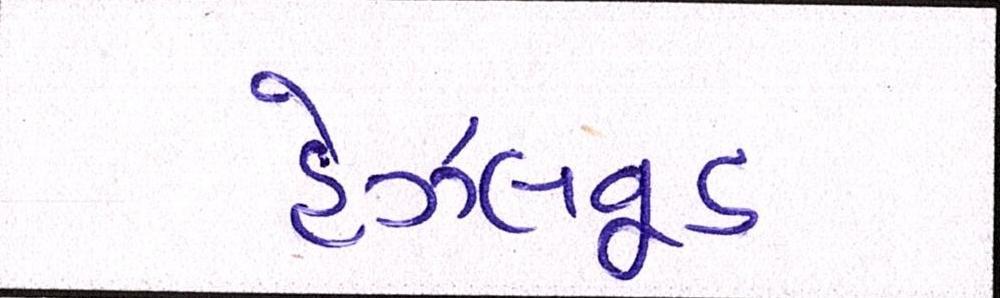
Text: હેઝલવૂડ